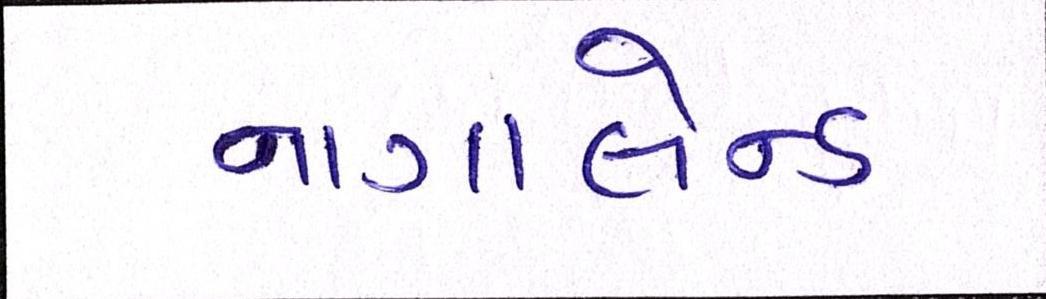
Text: નાગાલેન્ડ